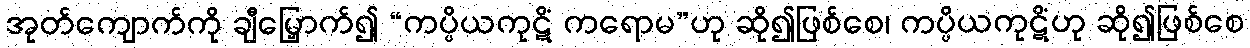
အုတ်ကျောက်ကို ချီမြှောက်၍ “ကပ္ပိယကုဋိံ ကရောမ”ဟု ဆို၍ဖြစ်စေ၊ ကပ္ပိယကုဋိံဟု ဆို၍ဖြစ်စေ